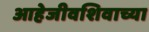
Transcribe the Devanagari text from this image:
आहेजीवशिवाच्या